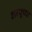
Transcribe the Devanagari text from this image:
शरयूच्या